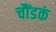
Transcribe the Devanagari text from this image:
चौंडकं